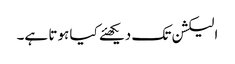
الیکشن تک دیکھئے کیا ہوتا ہے۔